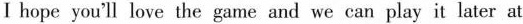
Ⅰhope you'll love the game and we can play it later at